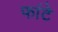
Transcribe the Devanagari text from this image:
फांटे